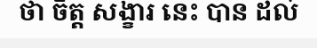
ថា ចិត្ត សង្ខារ នេះ បាន ដល់